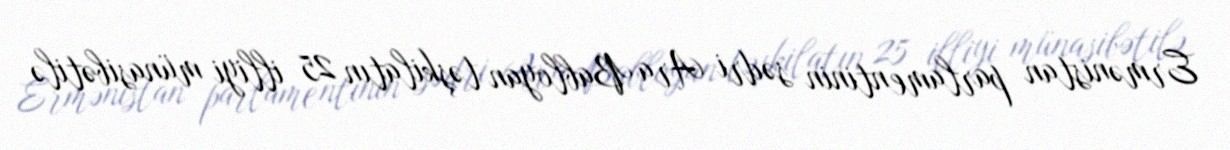
Ermənistan parlamentinin sədri Ara Babloyan təşkilatın 25 illiyi münasibətilə